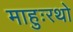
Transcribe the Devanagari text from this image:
माहुःरथो